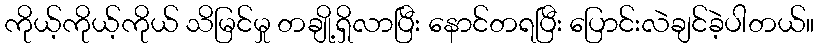
ကိုယ့်ကိုယ့်ကိုယ် သိမြင်မှု တချို့ရှိလာပြီး နောင်တရပြီး ပြောင်းလဲချင်ခဲ့ပါတယ်။